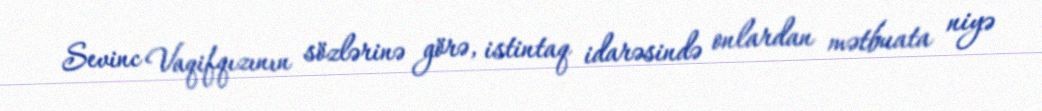
Sevinc Vaqifqızının sözlərinə görə, istintaq idarəsində onlardan mətbuata niyə